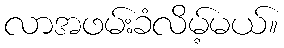
လာအဖမ်းခံလိမ့်မယ်။